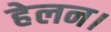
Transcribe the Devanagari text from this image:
हेलन।